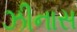
ઝીનાસ